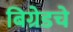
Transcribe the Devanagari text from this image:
बिग्रेडचे